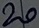
Text: 20